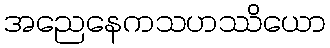
အညေနေကသဟဿိယော